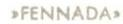
>FENNADA>